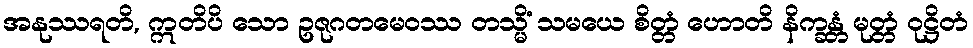
အနုဿရတိ, ဣတိပိ သော ဥဇုဂတမေဝဿ တသ္မိံ သမယေ စိတ္တံ ဟောတိ နိက္ခန္တံ မုတ္တံ ဝုဋ္ဌိတံ